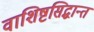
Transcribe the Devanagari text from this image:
वाशिष्टसिद्धान्त